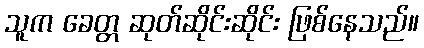
သူက ခေတ္တ ဆုတ်ဆိုင်းဆိုင်း ဖြစ်နေသည်။